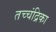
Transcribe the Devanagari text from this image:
तच्‍चंद्रिका